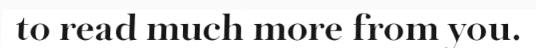
to read much more from you.